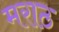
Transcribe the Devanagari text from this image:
मराठ